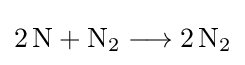
{2\,\mathrm {N} {}+{}\mathrm {N} {\vphantom {A}}_{\smash[{t}]{2}}{}\mathrel {\longrightarrow } {}2\,\mathrm {N} {\vphantom {A}}_{\smash[{t}]{2}}}